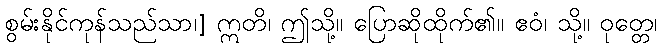
စွမ်းနိုင်ကုန်သည်သာ၊] ဣတိ၊ ဤသို့။ ပြောဆိုထိုက်၏။ ဧဝံ၊ သို့။ ဝုတ္တေ၊